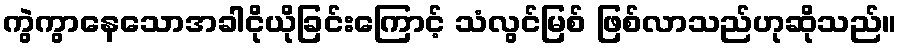
ကွဲကွာနေသောအခါငိုယိုခြင်းကြောင့် သံလွင်မြစ် ဖြစ်လာသည်ဟုဆိုသည်။